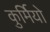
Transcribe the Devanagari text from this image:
कुर्मियो